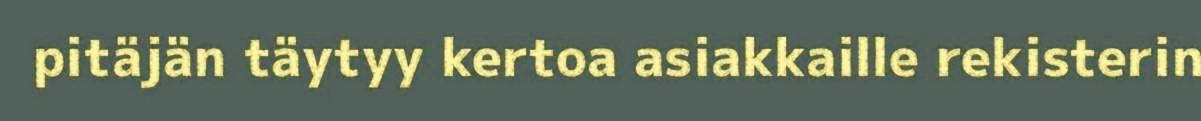
pitäjän täytyy kertoa asiakkaille rekisterin